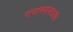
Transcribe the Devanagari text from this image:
गंगास्नानाइतके